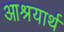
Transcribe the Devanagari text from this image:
आश्रयार्थ